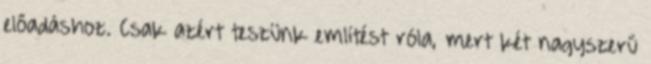
előadáshoz. Csak azért teszünk említést róla, mert két nagyszerű